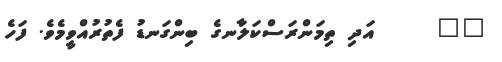
٤٨     އަދި ތިމަންރަސްކަލާނގެ ބިންގަނޑު ފެތުރުއްވީމެވެ. ފަހެ